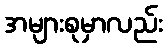
အများစုမှာလည်း